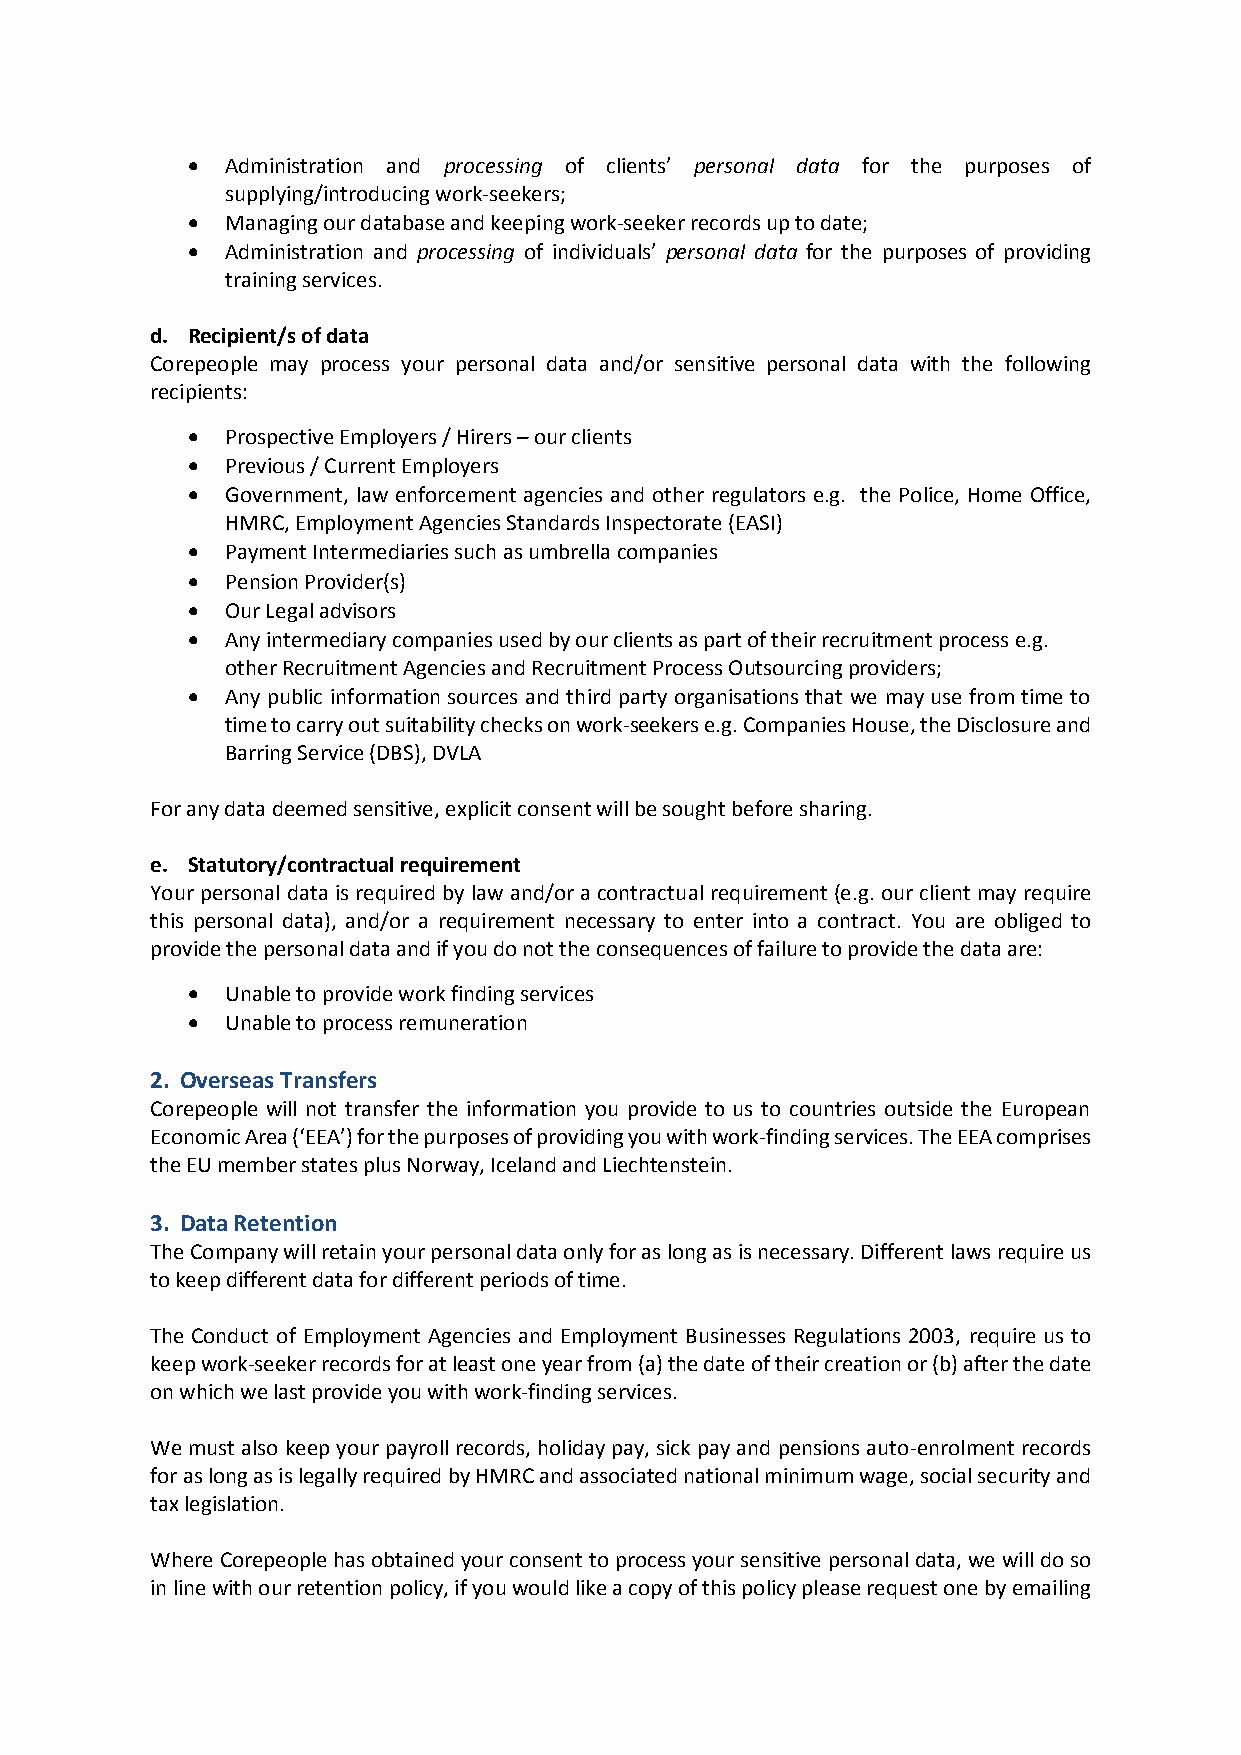
  Administration and processing of clients’ personal data for the purposes of
 supplying/introducing work-seekers;
   Managing our database and keeping work-seeker records up to date;
   Administration and processing of individuals’ personal data for the purposes of providing
 training services.
 d. Recipient/s of data
 Corepeople may process your personal data and/or sensitive personal data with the following
 recipients:
   Prospective Employers / Hirers – our clients
   Previous / Current Employers
   Government, law enforcement agencies and other regulators e.g. the Police, Home Office,
 HMRC, Employment Agencies Standards Inspectorate (EASI)
   Payment Intermediaries such as umbrella companies
   Pension Provider(s)
   Our Legal advisors
   Any intermediary companies used by our clients as part of their recruitment process e.g.
 other Recruitment Agencies and Recruitment Process Outsourcing providers;
   Any public information sources and third party organisations that we may use from time to
 time to carry out suitability checks on work-seekers e.g. Companies House, the Disclosure and
 Barring Service (DBS), DVLA
 For any data deemed sensitive, explicit consent will be sought before sharing.
 e. Statutory/contractual requirement
 Your personal data is required by law and/or a contractual requirement (e.g. our client may require
 this personal data), and/or a requirement necessary to enter into a contract. You are obliged to
 provide the personal data and if you do not the consequences of failure to provide the data are:
   Unable to provide work finding services
   Unable to process remuneration
 2. Overseas Transfers
 Corepeople will not transfer the information you provide to us to countries outside the European
 Economic Area (‘EEA’) for the purposes of providing you with work-finding services. The EEA comprises
 the EU member states plus Norway, Iceland and Liechtenstein.
 3. Data Retention
 The Company will retain your personal data only for as long as is necessary. Different laws require us
 to keep different data for different periods of time.
 The Conduct of Employment Agencies and Employment Businesses Regulations 2003, require us to
 keep work-seeker records for at least one year from (a) the date of their creation or (b) after the date
 on which we last provide you with work-finding services.
 We must also keep your payroll records, holiday pay, sick pay and pensions auto-enrolment records
 for as long as is legally required by HMRC and associated national minimum wage, social security and
 tax legislation.
 Where Corepeople has obtained your consent to process your sensitive personal data, we will do so
 in line with our retention policy, if you would like a copy of this policy please request one by emailing